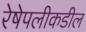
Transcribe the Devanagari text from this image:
रेषेपलीकडील